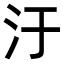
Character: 汙